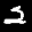
Digit: 2